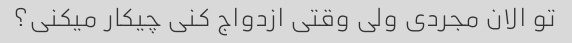
تو الان مجردی ولی وقتی ازدواج کنی چیکار میکنی؟